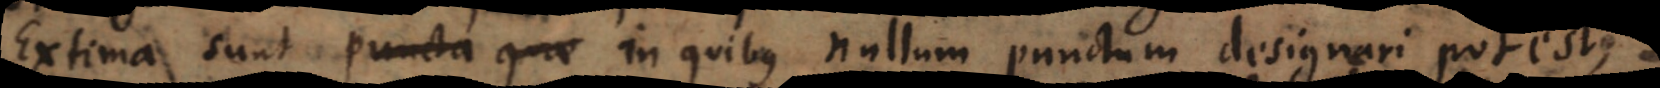
ncta quae in quibus nullum punctum designari potest,